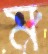
ম